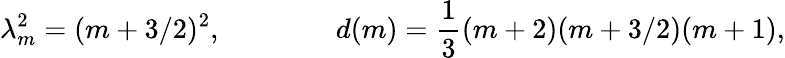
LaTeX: \lambda_{m}^{2}=(m+3/2)^{2},\qquad\qquad d(m)=\frac{1}{3}(m+2)(m+3/2)(m+1),